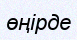
өңірде